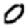
Digit: 0